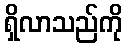
ရှိလာသည်ကို